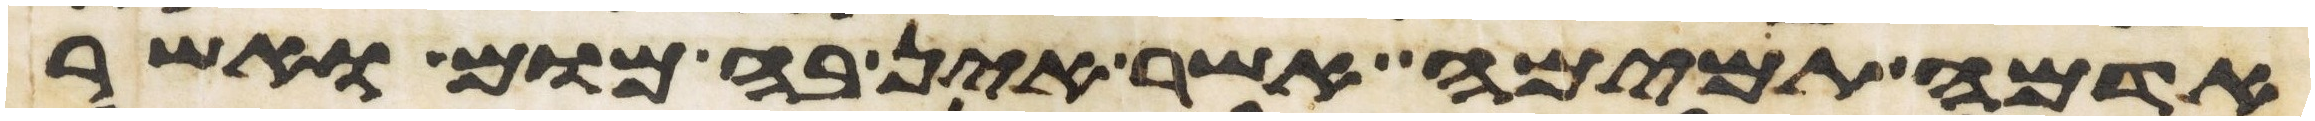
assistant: אדמה תמימה אשר אין בה מום ואשר